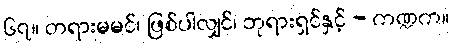
၆၇။ တရားမမင်၊ ဖြစ်ပါလျှင်၊ ဘုရားရှင်နှင့် - ကဏ္ဍက။